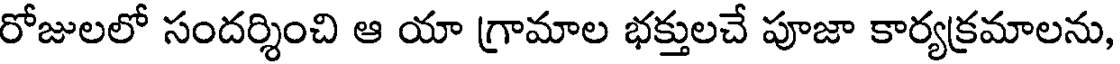
రోజులలో సందర్శించి ఆ యా గ్రామాల భక్తులచే పూజా కార్యక్రమాలను,